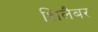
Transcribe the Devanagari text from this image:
शिलैबर